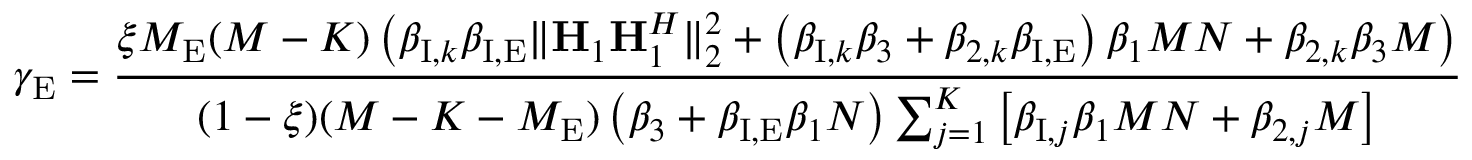
\gamma _ { \mathrm { E } } = \frac { \xi M _ { \mathrm { E } } ( M - K ) \left( \beta _ { \mathrm { I } , k } \beta _ { \mathrm { I , E } } \Vert { \bf H } _ { 1 } { \bf H } _ { 1 } ^ { H } \Vert _ { 2 } ^ { 2 } + \left( \beta _ { \mathrm { I } , k } \beta _ { 3 } + \beta _ { 2 , k } \beta _ { \mathrm { I , E } } \right) \beta _ { 1 } M N + \beta _ { 2 , k } \beta _ { 3 } M \right) } { ( 1 - \xi ) ( M - K - M _ { \mathrm { E } } ) \left( \beta _ { 3 } + \beta _ { \mathrm { I , E } } \beta _ { 1 } N \right) \sum _ { j = 1 } ^ { K } \big [ \beta _ { \mathrm { I } , j } \beta _ { 1 } M N + \beta _ { 2 , j } M \big ] }